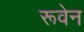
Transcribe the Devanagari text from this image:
रूवेन